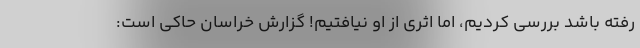
رفته باشد بررسی کردیم، اما اثری از او نیافتیم! گزارش خراسان حاکی است: